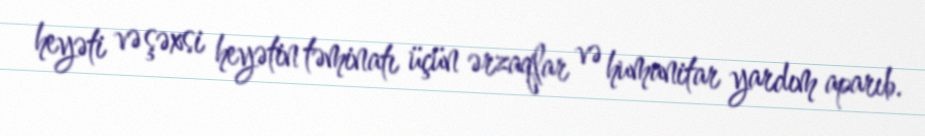
heyəti və şəxsi heyətin təminatı üçün ərzaqlar və humanitar yardım aparıb.